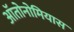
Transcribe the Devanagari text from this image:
ऑतोनोमियास